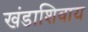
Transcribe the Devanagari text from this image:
खंडाशिवाय